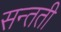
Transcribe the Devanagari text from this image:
सन्तती